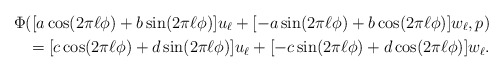
\begin{align*}\Phi([a\cos(2\pi \ell\phi) + b \sin(2\pi \ell \phi)] u_\ell + [-a\sin(2\pi \ell \phi) + b \cos(2\pi \ell \phi)]w_\ell,p) \\= [c\cos(2\pi \ell\phi) + d \sin(2\pi \ell \phi)] u_\ell + [-c\sin(2\pi \ell \phi) + d \cos(2\pi \ell \phi)]w_\ell.\end{align*}